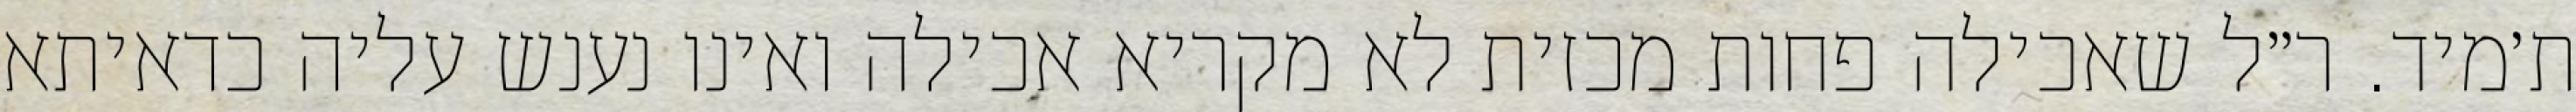
ת׳מיד. ר״ל שאכילה פחות מכזית לא מקריא אכילה ואינו נענש עליה כדאיתא